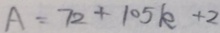
A = 7 2 + 1 0 5 k + 2